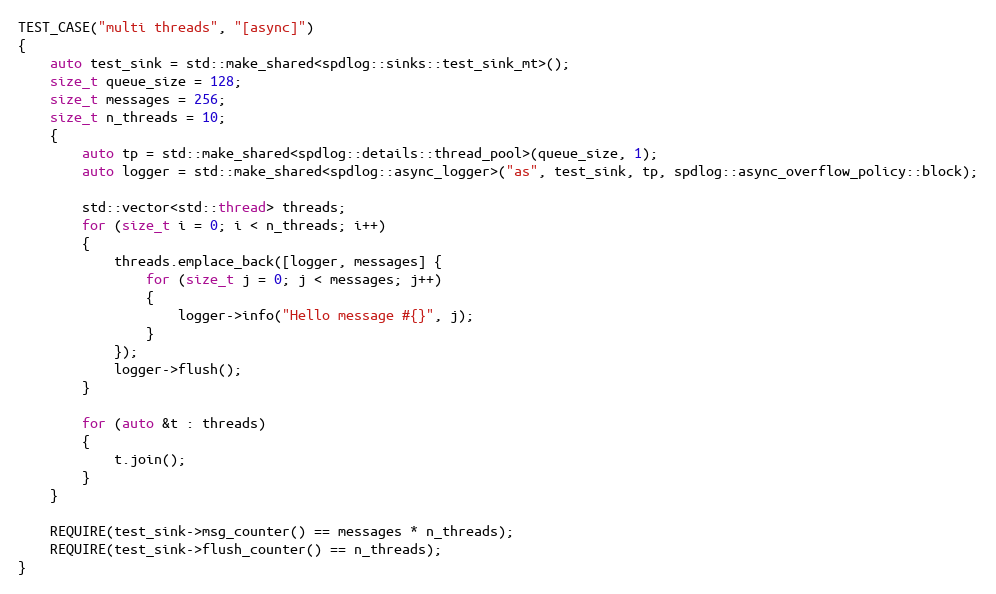
Language: C++
TEST_CASE("multi threads", "[async]")
{
    auto test_sink = std::make_shared<spdlog::sinks::test_sink_mt>();
    size_t queue_size = 128;
    size_t messages = 256;
    size_t n_threads = 10;
    {
        auto tp = std::make_shared<spdlog::details::thread_pool>(queue_size, 1);
        auto logger = std::make_shared<spdlog::async_logger>("as", test_sink, tp, spdlog::async_overflow_policy::block);

        std::vector<std::thread> threads;
        for (size_t i = 0; i < n_threads; i++)
        {
            threads.emplace_back([logger, messages] {
                for (size_t j = 0; j < messages; j++)
                {
                    logger->info("Hello message #{}", j);
                }
            });
            logger->flush();
        }

        for (auto &t : threads)
        {
            t.join();
        }
    }

    REQUIRE(test_sink->msg_counter() == messages * n_threads);
    REQUIRE(test_sink->flush_counter() == n_threads);
}